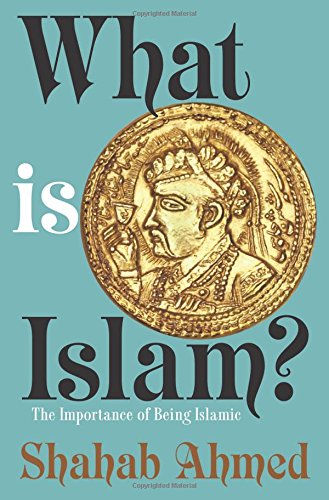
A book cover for What Is Islam?: The Importance of Being Islamic; Shahab Ahmed; Religion & Spirituality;